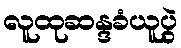
လူထုဆန္ဒခံယူပွဲ